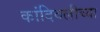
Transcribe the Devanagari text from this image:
कांदिवलीच्या